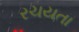
રચયતા